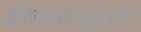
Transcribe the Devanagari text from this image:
वेगळ्यापद्धतीने